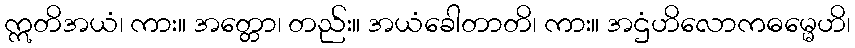
ဣတိအယံ၊ ကား။ အတ္တော၊ တည်း။ အယံခေါတာတိ၊ ကား။ အဌံဟိလောကဓမ္မေဟိ၊